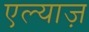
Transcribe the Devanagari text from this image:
एल्याज़